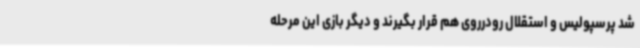
شد پرسپولیس و استقلال رودرروی هم قرار بگیرند و دیگر بازی این مرحله